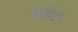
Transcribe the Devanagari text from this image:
केईटा